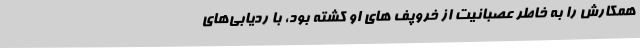
همکارش را به خاطر عصبانیت از خروپف‌ های او کشته بود، با ردیابی‌های